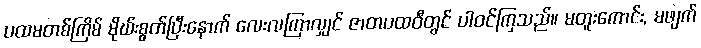
ပထမတစ်ကြိမ် မိုဃ်းစွတ်ပြီးနောက် လေးလကြာလျှင် ဇာတပထဝီတွင် ပါဝင်ကြသည်။ မတူးကောင်း, မဖျက်